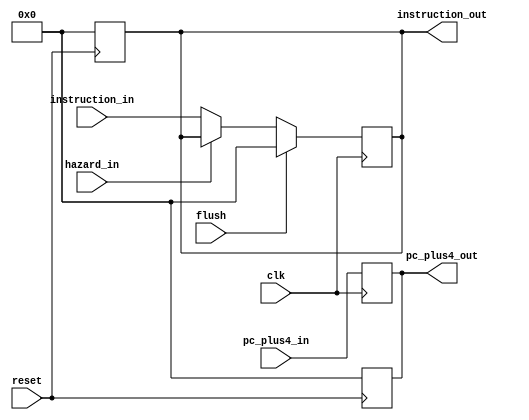
module IF_ID(input clk,
			 input reset,
			 input hazard_in,
			 input flush,
			 input [31:0]pc_plus4_in,
			 input [31:0]instruction_in,
			 output reg[31:0] instruction_out,
			 output reg[31:0] pc_plus4_out);
			
always@(posedge reset)begin
	instruction_out = 0;
	pc_plus4_out = 0;
end

always@(posedge clk)begin
	pc_plus4_out <= pc_plus4_in;
  if(flush)begin
  //  TODO: flush method
    instruction_out <= 32'b0;
  end
	else begin
	  //  DEBUG: stall method
		if(hazard_in)
			instruction_out <= instruction_out;
		else
    		instruction_out <= instruction_in;
	end
	  
	
end
endmodule